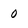
Character: 0